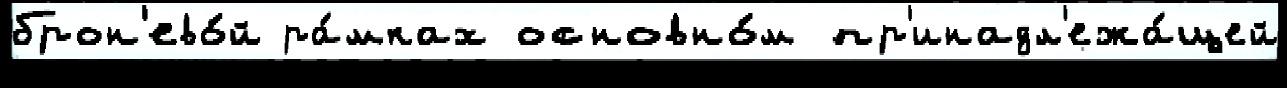
брон'ево́й ра́мках основно́м пр'инадл'ежа́щей